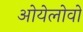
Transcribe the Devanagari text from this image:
ओयेलोवो